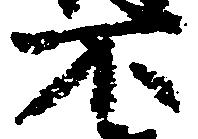
不